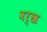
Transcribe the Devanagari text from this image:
वर्ख